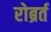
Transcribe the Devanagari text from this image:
रोब्रर्त